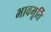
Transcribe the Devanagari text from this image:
भावमूर्ति